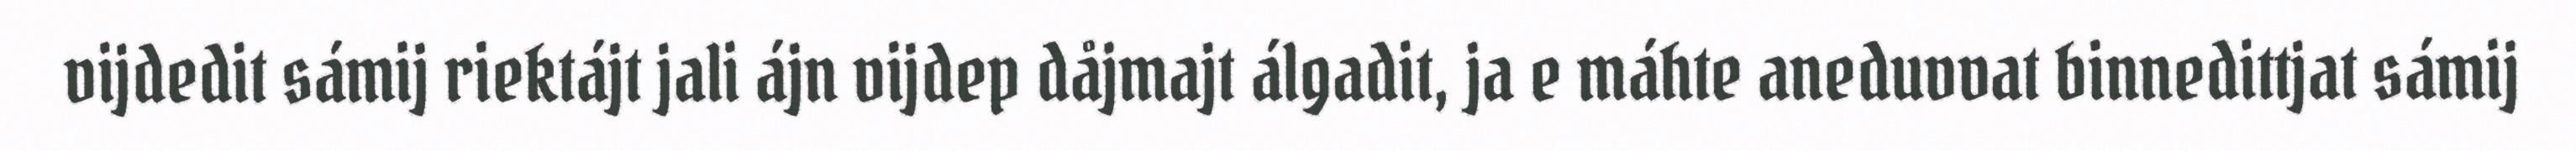
vijdedit sámij riektájt jali ájn vijdep dåjmajt álgadit, ja e máhte aneduvvat binnedittjat sámij